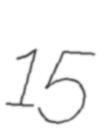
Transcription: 15